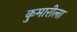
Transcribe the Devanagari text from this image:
कुमारीला